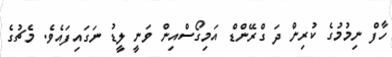
ހާފް ނިމުމުގެ ކުރިން ދަ ގްރޭންޑް އަމިގޯސްއިން ވަނީ ލީޑު ނަގައިފައެވެ. މެޗުގެ